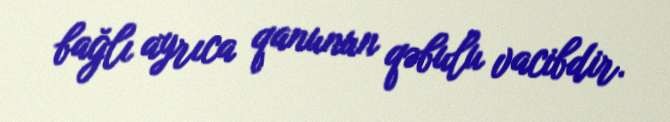
bağlı ayrıca qanunun qəbulu vacibdir.